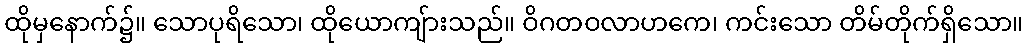
ထိုမှနောက်၌။ သောပုရိသော၊ ထိုယောကျ်ားသည်။ ဝိဂတဝလာဟကေ၊ ကင်းသော တိမ်တိုက်ရှိသော။